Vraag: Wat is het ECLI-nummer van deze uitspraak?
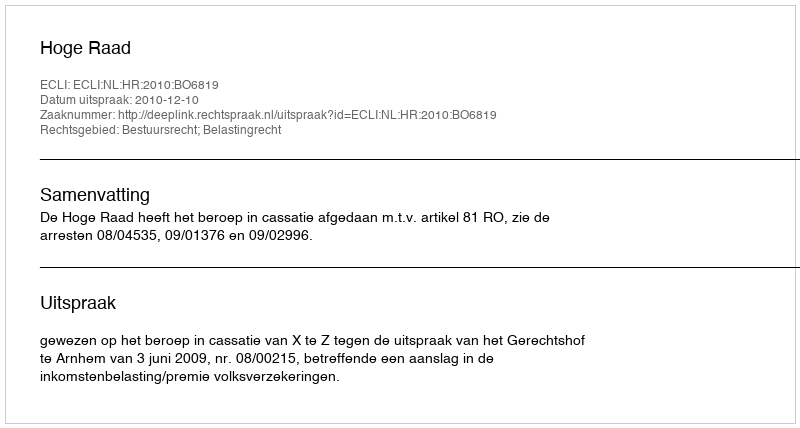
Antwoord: ECLI:NL:HR:2010:BO6819